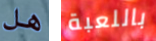
هل باللعبة